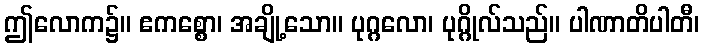
ဤလောက၌။ ဧကစ္စော၊ အချို့သော။ ပုဂ္ဂလော၊ ပုဂ္ဂိုလ်သည်။ ပါဏာတိပါတီ၊